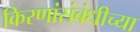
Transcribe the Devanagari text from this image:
किरणांसंबंधीच्या